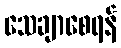
သေချာစေရန်